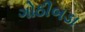
ગોઠીબડા